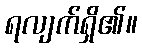
ရလျက်ရှိ၏။